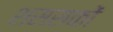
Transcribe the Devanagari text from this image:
शससकों